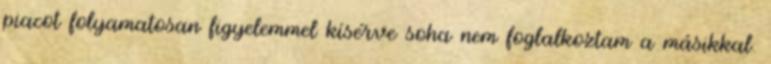
piacot folyamatosan figyelemmel kísérve soha nem foglalkoztam a másikkal.